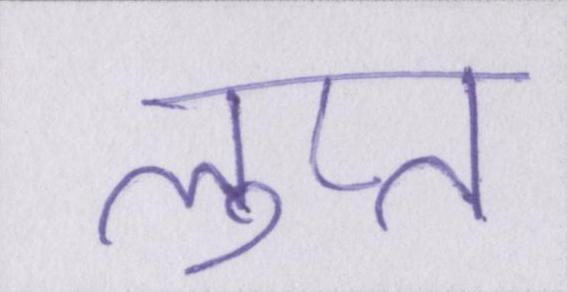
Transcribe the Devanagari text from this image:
लुप्त